Vaccination United Provinces of Agra and Oudh 1902-1913 - 1902-1913
Year: 1902
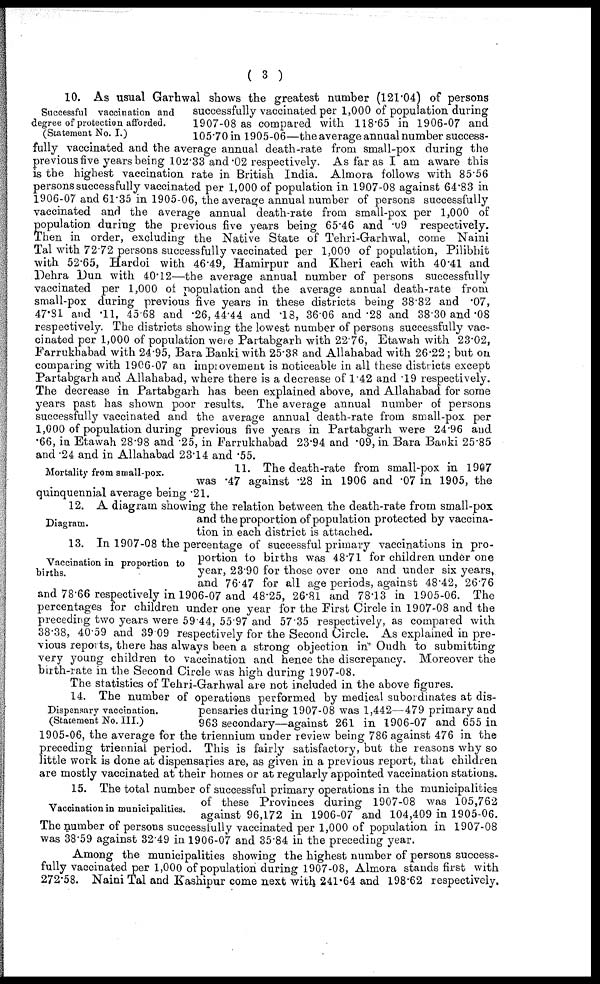
( 3 )
Successful vaccination and
degree of protection afforded.
(Statement No. I.)
10. As usual Garhwal shows the greatest number (121.04) of persons
successfully vaccinated per 1,000 of population during
1907-08 as compared with 118.65 in 1906-07 and
105.70 in 1905-06—the average annual number success-
fully vaccinated and the average annual death-rate from small-pox during the
previous five years being 102.33 and .02 respectively. As far as I am aware this
is the highest vaccination rate in British India. Almora follows with 85.56
persons successfully vaccinated per 1,000 of population in 1907-08 against 64.83 in
1906-07 and 61.35 in 1905-06, the average annual number of persons successfully
vaccinated and the average annual death-rate from small-pox per 1,000 of
population during the previous five years being 65.46 and .09 respectively.
Then in order, excluding the Native State of Tehri-Garhwal, come Naini
Tal with 72.72 persons successfully vaccinated per 1,000 of population, Pilibhit
with 52.65, Hardoi with 46.49, Hamirpur and Kheri each with 40.41 and
Dehra Dun with 40.12—the average annual number of persons successfully
vaccinated per 1,000 of population and the average annual death-rate from
small-pox during previous five years in these districts being 38.82 and .07,
47.81 and .11, 45.68 and .26, 44.44 and .18, 36.06 and .28 and 38.30 and .08
respectively. The districts showing the lowest number of persons successfully vac-
cinated per 1,000 of population were Partabgarh with 22.76, Etawah with 23.02,
Farrukhabad with 24.95, Bara Banki with 25.38 and Allahabad with 26.22; but on
comparing with 1906-07 an improvement is noticeable in all these districts except
Partabgarh and Allahabad, where there is a decrease of 1.42 and .19 respectively.
The decrease in Partabgarh has been explained above, and Allahabad for some
years past has shown poor results. The average annual number of persons
successfully vaccinated and the average annual death-rate from small-pox per
1,000 of population during previous five years in Partabgarh were 24.96 and
.66, in Etawah 28.98 and .25, in Farrukhabad 23.94 and .09, in Bara Banki 25.85
and .24 and in Allahabad 23.14 and .55.
Mortality from small-pox.
11. The death-rate from small-pox in 1907
was .47 against .28 in 1906 and .07 in 1905, the
quinquennial average being .21.
Diagram.
12. A diagram showing the relation between the death-rate from small-pox
and the proportion of population protected by vaccina-
tion in each district is attached.
Vaccination in proportion to
births.
13. In 1907-08 the percentage of successful primary vaccinations in pro-
portion to births was 48.71 for children under one
year, 23.90 for those over one and under six years,
and 76.47 for all age periods, against 48.42, 26.76
and 78.66 respectively in 1906-07 and 48.25, 26.81 and 78.13 in 1905-06. The
percentages for children under one year for the First Circle in 1907-08 and the
preceding two years were 59.44, 55.97 and 57.35 respectively, as compared with
38.38, 40.59 and 39.09 respectively for the Second Circle. As explained in pre-
vious reports, there has always been a strong objection in Oudh to submitting
very young children to vaccination and hence the discrepancy. Moreover the
birth-rate in the Second Circle was high during 1907-08.
The statistics of Tehri-Garhwal are not included in the above figures.
Dispensary vaccination.
(Statement No. III.)
14. The number of operations performed by medical subordinates at dis-
pensaries during 1907-08 was 1,442—479 primary and
963 secondary—against 261 in 1906-07 and 655 in
1905-06, the average for the triennium under review being 786 against 476 in the
preceding triennial period. This is fairly satisfactory, but the reasons why so
little work is done at dispensaries are, as given in a previous report, that children
are mostly vaccinated at their homes or at regularly appointed vaccination stations.
Vaccination in municipalities.
15. The total number of successful primary operations in the municipalities
of these Provinces during 1907-08 was 105,762
against 96,172 in 1906-07 and 104,409 in 1905-06.
The number of persons successfully vaccinated per 1,000 of population in 1907-08
was 38.59 against 32.49 in 1906-07 and 35.84 in the preceding year.
Among the municipalities showing the highest number of persons success-
fully vaccinated per 1,000 of population during 1907-08, Almora stands first with
272.58. Naini Tal and Kashipur come next with 241.64 and 198.62 respectively.